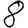
Digit: 8